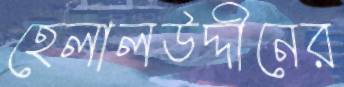
হেলালউদ্দীনের